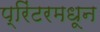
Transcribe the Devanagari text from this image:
प्रिंटरमधून